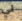
لي